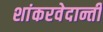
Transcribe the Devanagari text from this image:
शांकरवेदान्ती